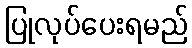
ပြုလုပ်ပေးရမည်